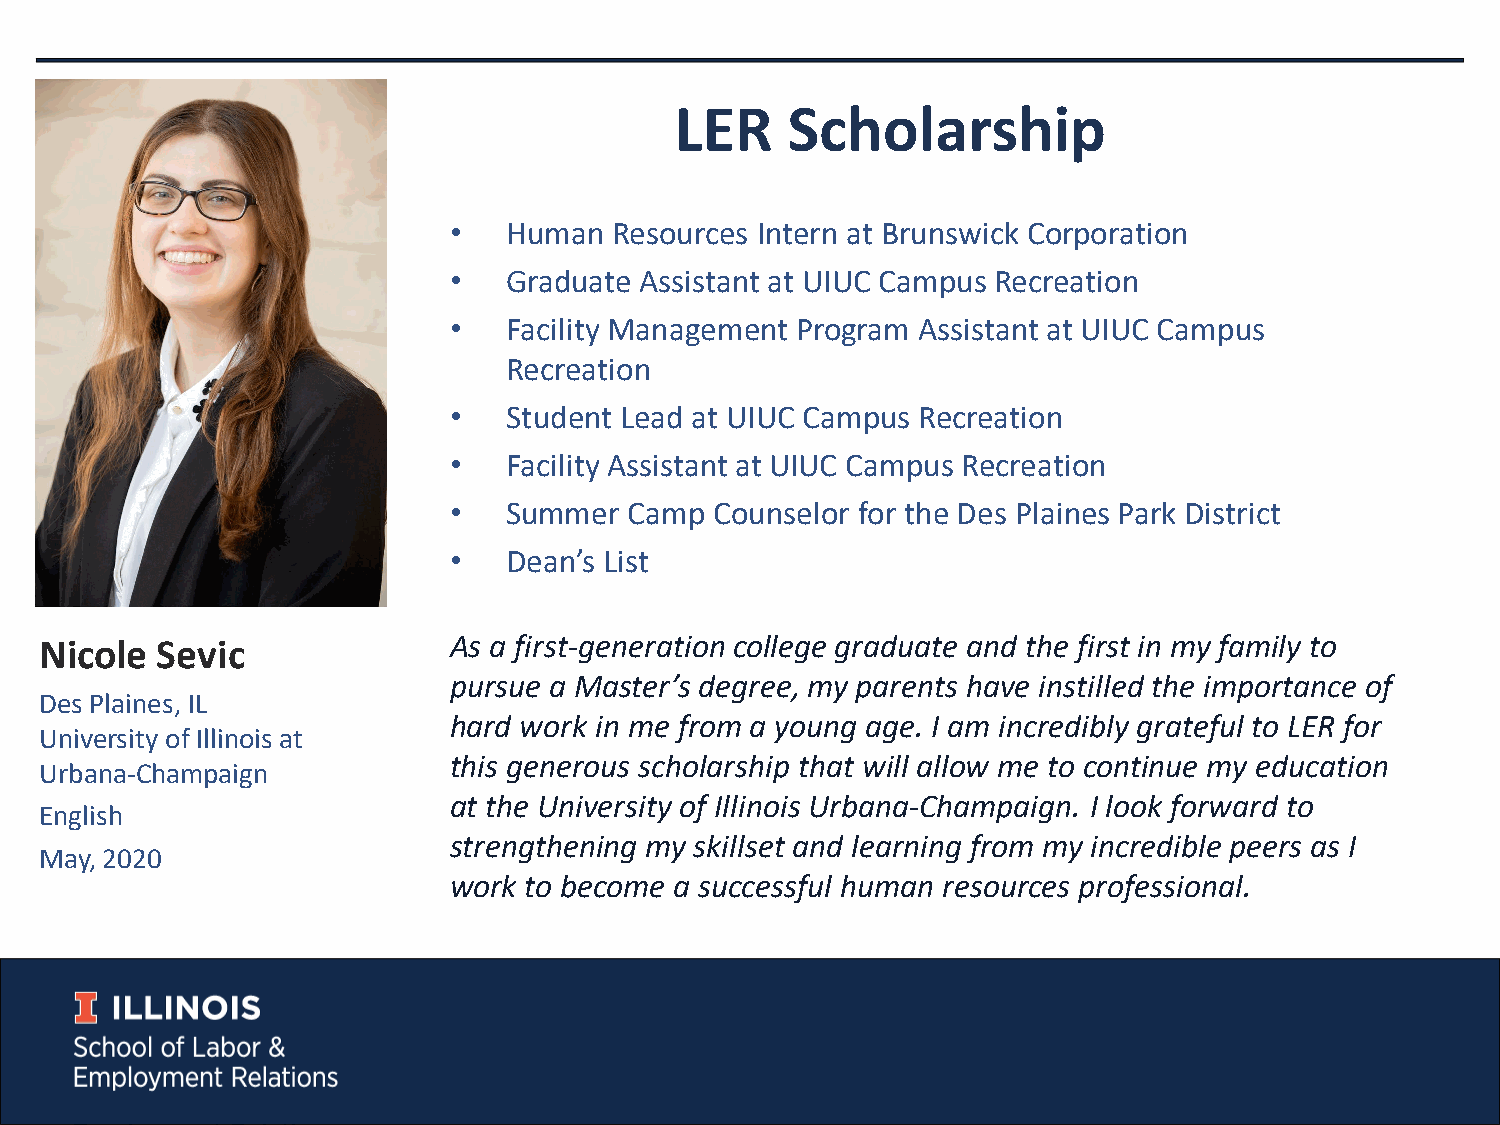
LER    Scholarship
 •   Human  Resources Intern at Brunswick Corporation
 •   Graduate Assistant at UIUC Campus Recreation
 •   Facility Management Program Assistant at UIUC Campus
 Recreation
 •   Student Lead at UIUC Campus Recreation
 •   Facility Assistant at UIUC Campus Recreation
 •   Summer  Camp Counselor for the Des Plaines Park District
 •   Dean’s List
 As a first-generation college graduate and the first in my family to
 Nicole Sevic
 pursue a Master’s degree, my parents have instilled the importance of
 Des Plaines, IL
 hard work in me from a young age. I am incredibly grateful to LER for
 University of Illinois at
 this generous scholarship that will allow me to continue my education
 Urbana-Champaign
 at the University of Illinois Urbana-Champaign. I look forward to
 English
 strengthening my skillset and learning from my incredible peers as I
 May, 2020
 work to become a successful human resources professional.